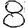
Digit: 8